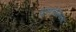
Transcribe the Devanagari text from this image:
यूसचोल्जिया